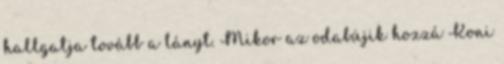
hallgatja tovább a lányt. Mikor az odabújik hozzá Koni